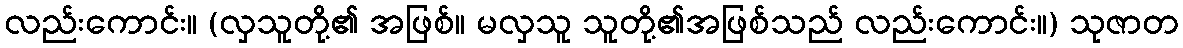
လည်းကောင်း။ (လှသူတို့၏ အဖြစ်။ မလှသူ သူတို့၏အဖြစ်သည် လည်းကောင်း။) သုဇာတ